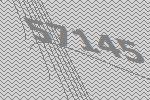
57145